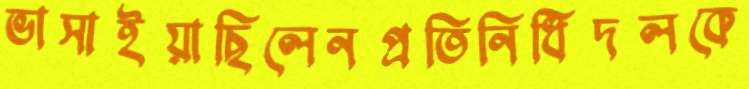
ভাসাইয়াছিলেনপ্রতিনিধিদলকে